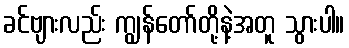
ခင်ဗျားလည်း ကျွန်တော်တို့နဲ့အတူ သွားပါ။